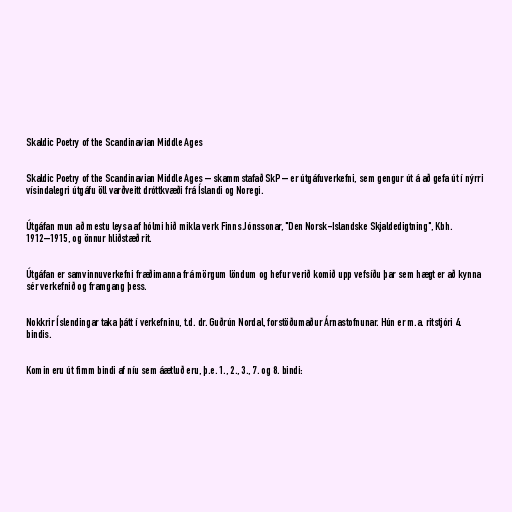
Skaldic Poetry of the Scandinavian Middle Ages

Skaldic Poetry of the Scandinavian Middle Ages – skammstafað SkP – er útgáfuverkefni, sem gengur út á að gefa út í nýrri
vísindalegri útgáfu öll varðveitt dróttkvæði frá Íslandi og Noregi.

Útgáfan mun að mestu leysa af hólmi hið mikla verk Finns Jónssonar, "Den Norsk-Islandske Skjaldedigtning", Kbh.
1912–1915, og önnur hliðstæð rit.

Útgáfan er samvinnuverkefni fræðimanna frá mörgum löndum og hefur verið komið upp vefsíðu þar sem hægt er að kynna
sér verkefnið og framgang þess.

Nokkrir Íslendingar taka þátt í verkefninu, t.d. dr. Guðrún Nordal, forstöðumaður Árnastofnunar. Hún er m.a. ritstjóri 4.
bindis.

Komin eru út fimm bindi af níu sem áætluð eru, þ.e. 1., 2., 3., 7. og 8. bindi: